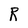
Character: R